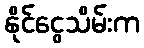
နိုင်ငွေသိမ်းက